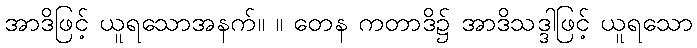
အာဒိဖြင့် ယူရသောအနက်။ ။ တေန ကတာဒိ၌ အာဒိသဒ္ဒါဖြင့် ယူရသော